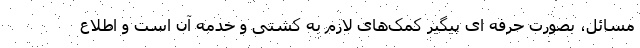
مسائل، بصورت حرفه ای پیگیر کمک‌های لازم به کشتی و خدمه آن است و اطلاع